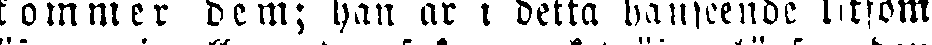
kommer dem; han är i detta hänseende liksom